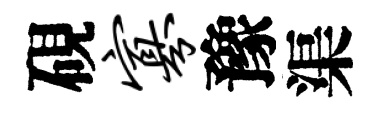
硯寡豫渠